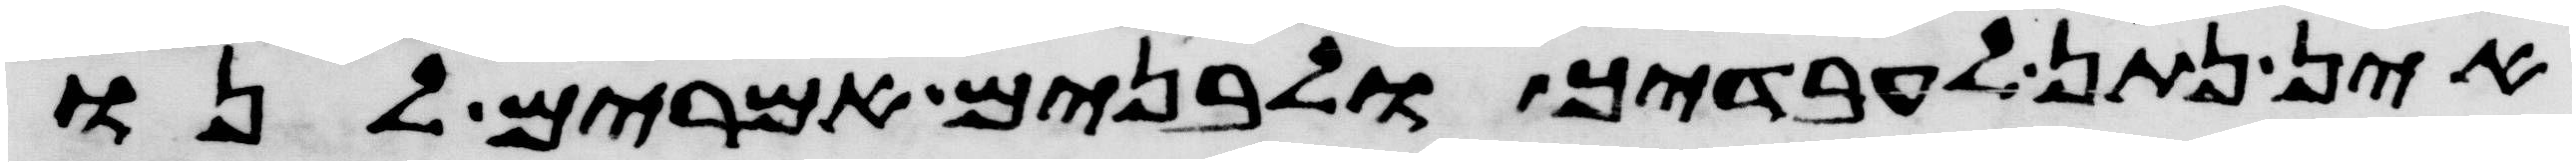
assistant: אין נתן לעבדיך ולבנים אמרים לנו